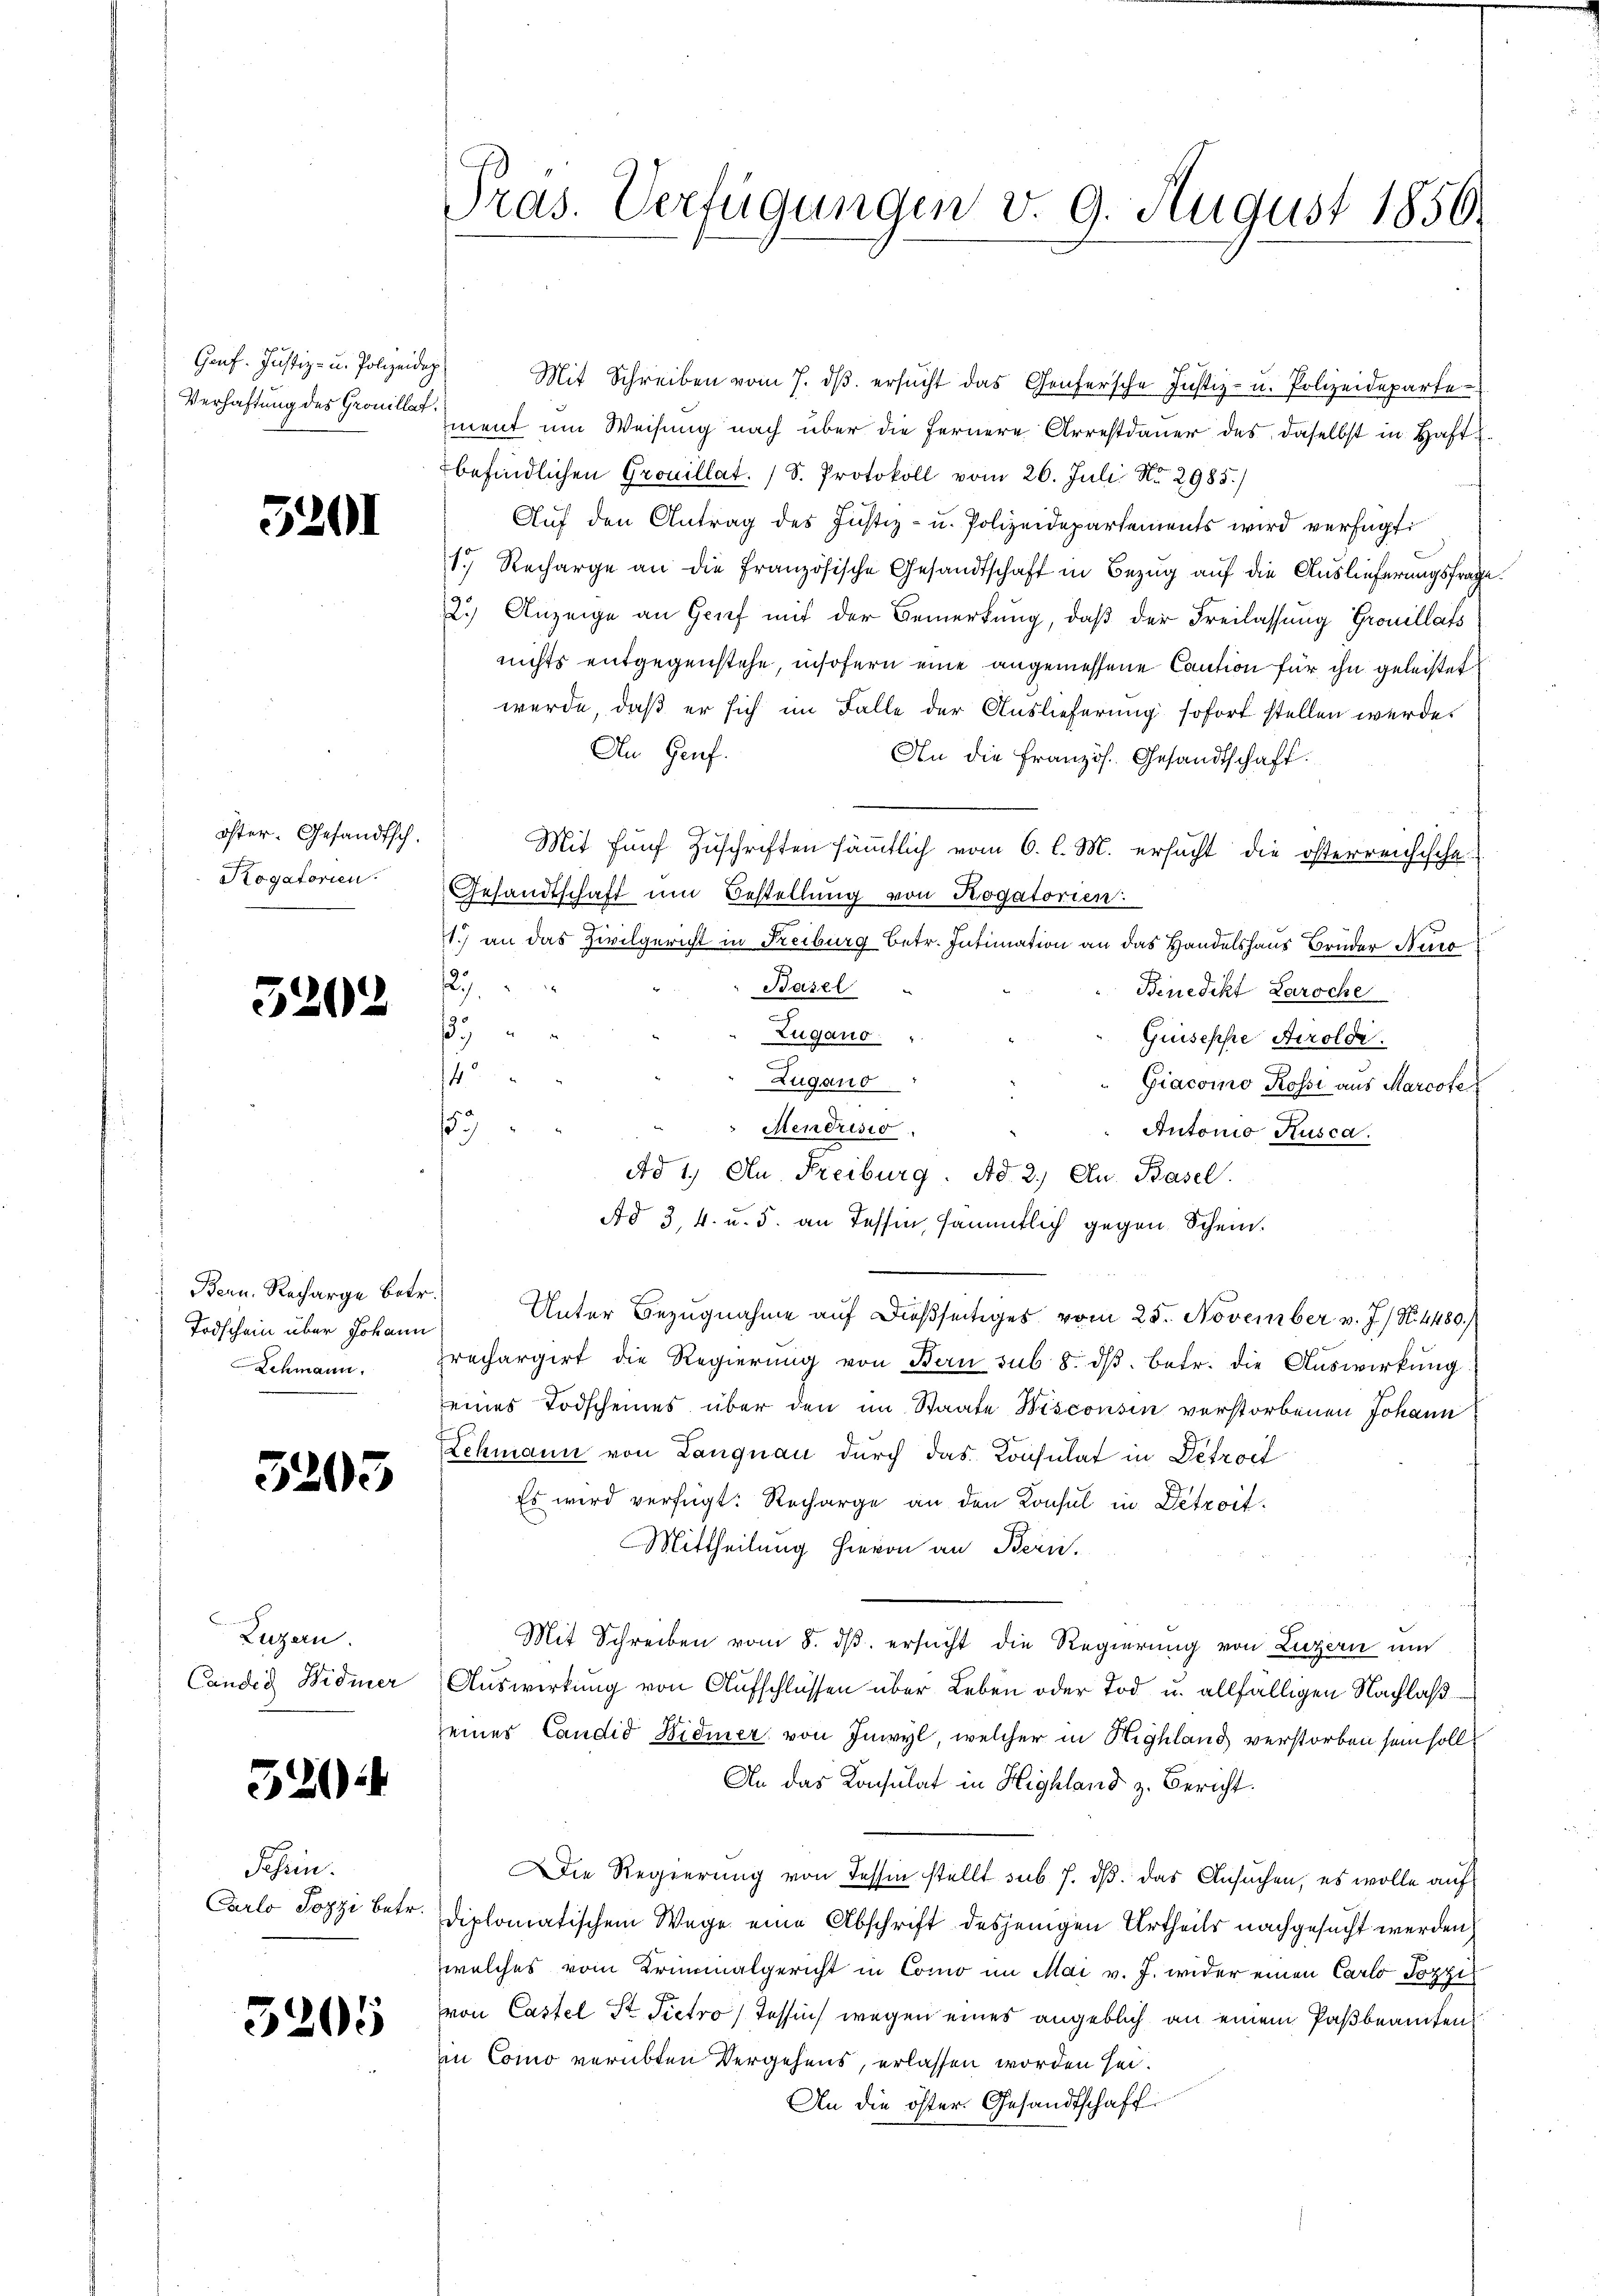
Genf. Justiz- u. Polizeidep
Verhaftung des Grouillat

5201

öster. Gesandtsch.
Rogatorien.

5202

Bern. Recharge betr.
Todschein über Johann
Schmann.

5205

Luzern.
Candig Widmer

52044

Schein
Carlo Pozzi betr.

5205

Pras. Verfügungen v. 9. August 1856.

Mit Schreiben vom 7. dβ ersŭcht das Genfersche Justiz- u. Polizeidepartement um Weisung nach über die fernere Arrestdauer des daselbst in Haft
befindlichen Grouillat. (S. Protokoll vom 26. Juli No 2985.)
Auf den Antrag des Justiz- u. Polizeidepartements wird verfügt:
1. Recharge an die französische Gesandtschaft in Bezug auf die Auslieferungsfrage.
2.) Anzeige an Grief mit der Bemerkung, daß der Freilassung Grouillat
nichts entgegenstehe, insofern eine angemessene Caution für ihn geleistet
werde, daß er sich im Falle der Auslieferung sofort stellen werde.
An Genf.
An die Französ. Gesandtschaft.
Mit fünf Zuschriften sämmtlich vom 6. l. M. ersucht die österreichische
Gesandtschaft um Bestellung von Rogatorien:
1.) an das Zivilgericht in Freiburg betr. Intimation an das Handelshaus Bruder Auro
7
Basel
Benedikt Laroche

Zugano.
Guiseppe Aerolde.
4
Zugano
Giacomo Rossi aus Marcote,
157
 Mendrisio
Autonio Rusca.
Ad 1. An Freiburg. Ad 2.) Au. Basel.
Ad 3, 4. u. 5. an Tessin, sämmtlich gegen Schein.
Unter Bezugnahme auf dießseitiges vom 25. November v. J. / N. 4489/
rechargirt die Regierŭng von Bern sub 8. dβ. betr. die Auswirkung
seines Todscheines über den im Staate Wisconsin verstorbenen Johann
Lehmann von Langnau durch das Konsulat in Detract
Es wird verfügt: Recharge an den Konsul in Detroit.
Mittheilung hievon an Bern.
Mit Schreiben vom 8. ds. ersucht die Regierung von Luzern und
Auswirkung von Aufschlüssen über Leben oder Tod u. allfälligen Nachlaß
seines Candid Widmer von Inwyl, welcher in Highland verstorben sein soll
An das Konsulat in Highland z. Bericht.
Die Regierung von Tessin stellt sub 7. ds. das Ansuchen, es wolle auf
diplomatischem Wege eine Abschrift desjenigen Urtheils nachgesucht werden
welches vom Kriminalgericht in Como im Mai v. J. wider einen Carlo Pozzi
von Cassel St. Pietro Tessin wegen eines angeblich an einem Paßbeamten
in Como verübten Vergehens, erlassen worden sei.
An die öster Gesandtschaft